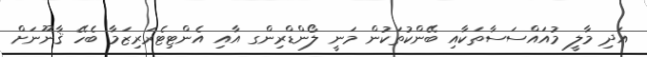
އަދި މާލީ މުއައްސަސާތަކާއި ބޭންކުތަކުން މަނީ ލޯންޑްރިންގ އާއި އެންޓިޓެރަރިޒަމާ ބެހޭ ޤާނޫނަށް